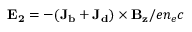
\mathbf { E _ { 2 } } = - ( \mathbf { J _ { b } } + \mathbf { J _ { d } } ) \times \mathbf { B _ { z } } / e n _ { e } c